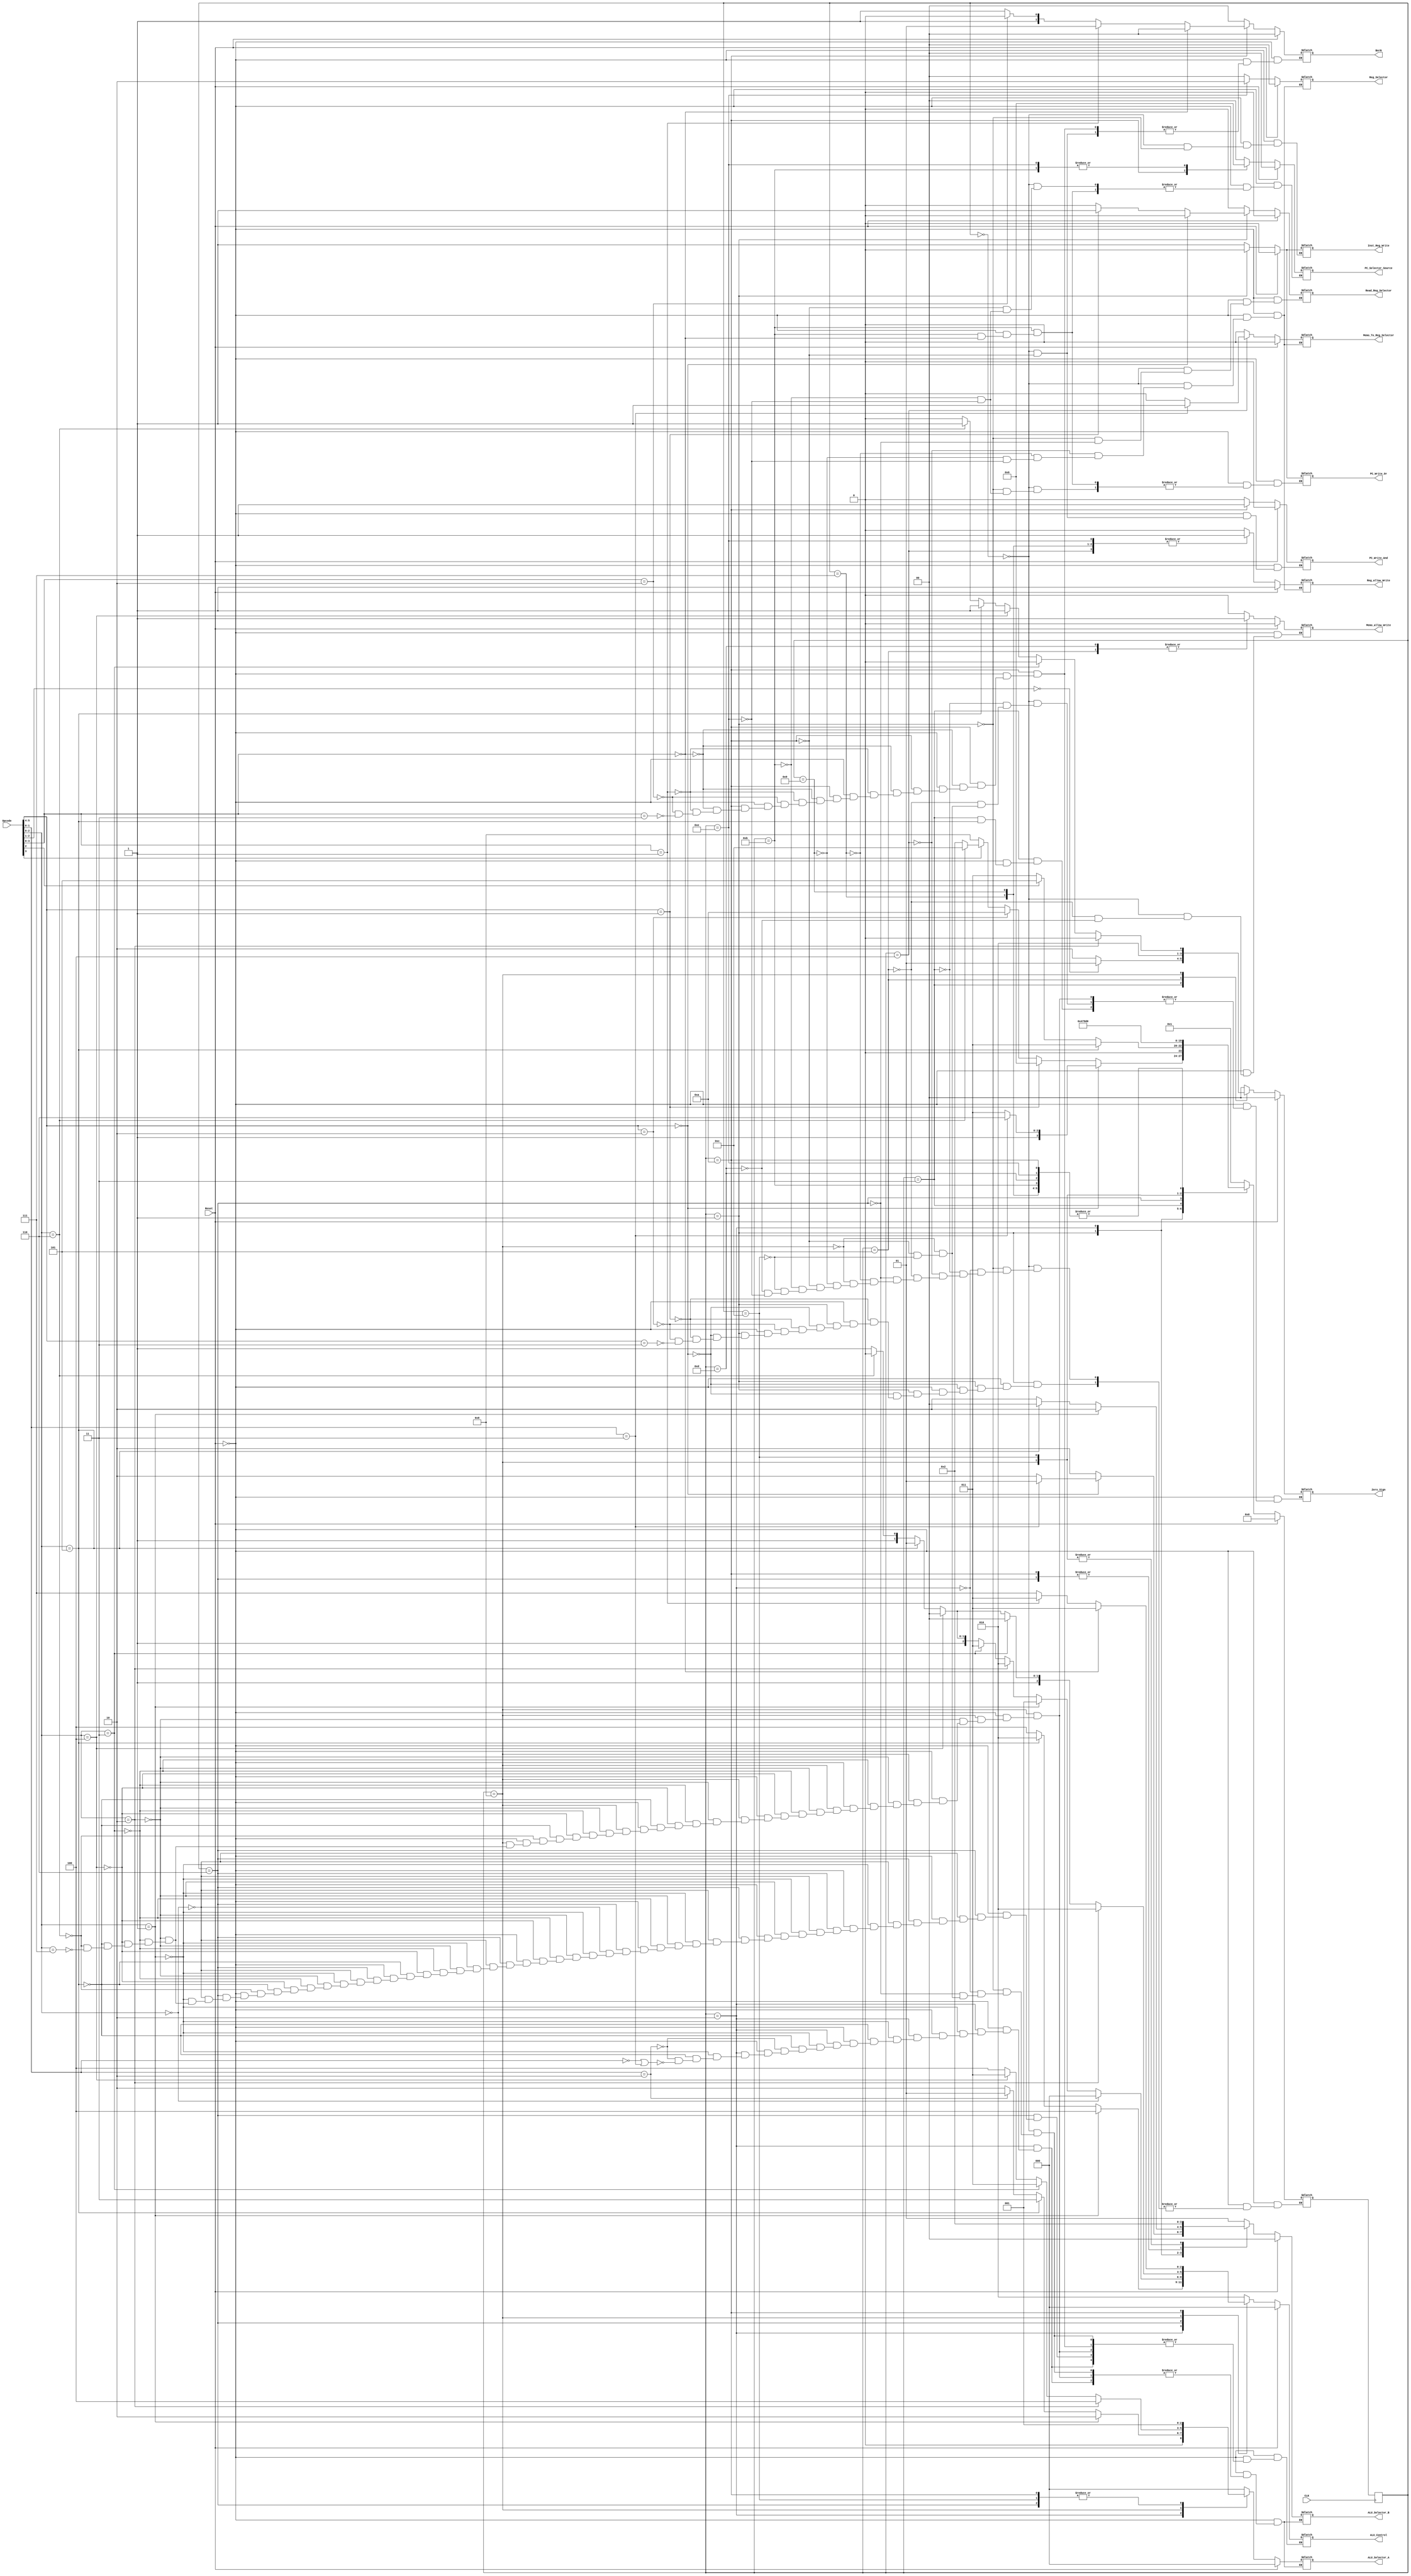
module Control_Unit(CLK,
Reset,
Opcode,
ALU_Control,
ALU_Selector_A,
ALU_Selector_B,
BorN,
PC_Selector_Source,
Zero_Sign,
Reg_Selector,
PC_Write_And,
PC_Write_Or,
Reg_allow_Write,
Inst_Reg_Write,
Memo_allow_Write,
Memo_To_Reg_Selector,
Read_Reg_Selector);

input [5:0]Opcode;
input CLK,Reset;

 output	reg	[2:0] ALU_Control, ALU_Selector_A;
 output	reg	[1:0] PC_Selector_Source,ALU_Selector_B,BorN,Zero_Sign,Reg_Selector;
 output	reg	PC_Write_And,PC_Write_Or,Reg_allow_Write,Inst_Reg_Write,Memo_allow_Write,Memo_To_Reg_Selector,Read_Reg_Selector;
 reg [3:0]state, next_state;

//ALUOp Values:
// 00 -> addition
// 01 -> subtraction
// 10 -> Function (R-Type)
// 11 -> Opcode	(I-Type)



//Defining The States
	parameter S0 = 4'b0000; 
	parameter S1 = 4'b0001; 
	parameter S2 = 4'b0010;
	parameter S3 = 4'b0011;
	parameter S4 = 4'b0100;
	parameter S5 = 4'b0101;
	parameter S6 = 4'b0110;
	parameter S7 = 4'b0111;
	parameter S8 = 4'b1000;
	parameter S9 = 4'b1001;  
	parameter S10 = 4'b1010; 
	parameter S11 = 4'b1011;
	parameter S12 = 4'b1100;
	parameter S13 = 4'b1101;
	parameter S14 = 4'b1110;



always @(posedge CLK)//Moving From state to the next
begin
	state <= next_state;
end


always @ (state or Reset)
begin

	if(Reset == 1'b1)//Reset back to Start
begin
	  next_state = S0;
	  PC_Selector_Source = 2'b00;
      ALU_Control = 3'b000;
      ALU_Selector_B = 2'b00;
      ALU_Selector_A = 3'b000;
      Reg_allow_Write = 1'b1;
      Reg_Selector = 1'b00;
      Inst_Reg_Write = 1'b0;
      Memo_To_Reg_Selector = 1'b0;
      Memo_allow_Write = 1'b0;
      PC_Write_Or = 1'b0;
      PC_Write_And = 1'b0;
	  BorN = 2'b00;
	  Read_Reg_Selector = 1'b0;
	  Zero_Sign = 2'b00;
end
	
else
 begin
		
	case(state)
	
		
		S0://First Step Fetching Instruction 
		begin 	
			ALU_Selector_A = 3'b000;
			Memo_allow_Write = 1'b0;
			Reg_allow_Write = 1'b0;
			PC_Write_Or = 1'b1;
			PC_Selector_Source = 2'b00;
			PC_Write_And = 1'b0;
			BorN = 2'b00;
			Inst_Reg_Write = 1'b1;
			ALU_Control = 3'b010;
			Memo_To_Reg_Selector = 1'b0;
			ALU_Selector_B = 2'b01;
			Reg_Selector = 1'b00;
			Read_Reg_Selector = 1'b0;
			Zero_Sign = 2'b00;
			next_state = S1;//Go To S1
		end
		
		
		S1://Instruction Decode: Defining Which State is next according to Its Type
		begin
			Inst_Reg_Write = 1'b0;
			PC_Write_Or = 1'b0;
			ALU_Selector_A = 3'b000;
			ALU_Selector_B = 2'b10;
			ALU_Control = 3'b010;
			Read_Reg_Selector = 1'b0;
			
			//J-Type: JUMP & JAL
			if(Opcode[5:4] == 2'b00)
				begin
					// jump-and-link instruction(JAL)
					if(Opcode [1:0] == 2'b11)
						begin
						ALU_Selector_B = 2'b01;
						next_state = S14;
						end
					//JUMP
					else
						next_state = S11;end
				
				
			//R-Type:MOV,NOT,ADD,SUB,OR,AND,XOR,SLT
			else if(Opcode[5:4] == 2'b01)
				begin
					Read_Reg_Selector = 1'b1;
					next_state = S6;
				end
			
			//Branch Type:BEQ,BNE,BLT,BLE
			else if(Opcode[5:4] == 2'b10)
				begin
					next_state = S10;
				end
			
			//I-Type:ADDI,SUBI,ORI,ANDI,XORI,SLTI,LI,LUI,LWI,SWI,LW,SW
			else if(Opcode[5:4] == 2'b11)
				begin
					//LWI,SWI,LI,LUI,SW,LW
					if(Opcode[3] == 1'b1)
					begin
						//SW
						if(Opcode [2:0] == 3'b110)
							next_state = S12;
						//LWI,SWI,LI,LUI,LW
						else
							next_state = S2;
					end
					
					//I-Type Logical or Arithmetic:ADDI,SUBI,ORI,ANDI,XORI,SLTI
					else
						next_state = S8;end
		end
		
///Now Begin Execution of States according to each Type
//I-type
		//Execution: LWI SWI LI LUI
		S2:
		begin
			//Load Immediate (LI)
			if(Opcode[2:0]	== 2'b001)
				begin
				ALU_Selector_A = 3'b010;
				ALU_Selector_B = 2'b10;
				ALU_Control = 3'b100;
				end
			//load word(LW)
			else if(Opcode[2:0] == 3'b101)
				begin
				ALU_Selector_A = 3'b011;
				ALU_Selector_B = 2'b00;
				ALU_Control = 3'b010;
				end
			//Load upper immediate(LUI)	
			else if(Opcode[1:0]	== 2'b10)
				begin
				ALU_Selector_A = 3'b001;
				ALU_Selector_B = 2'b10;
				ALU_Control = 3'b100;
				end
			//SWI & LWI
			else if(Opcode[1:0] == 2'b00 || Opcode[1:0] == 2'b11)
				begin
				ALU_Selector_A = 3'b010;
				ALU_Selector_B = 2'b10;
				ALU_Control = 3'b100;
				end
				
			if(Opcode[2:0]	== 3'b101)
				next_state = S3;
			
			//Next State for :LI,LUI,LWI,LW
			else if(Opcode[2] == 1'b0)
				next_state = S3;
				
			//Next State for: SWI
			else
				next_state = S5;
		end
		
//I-Type Continue 	
		//Execution: LWI/LI/LUI
		S3:
		begin
			if(Opcode [2:0]	== 3'b101)
				next_state = S4;
		
			//LI
			else if(Opcode[2:1] == 2'b00)
				begin
				Zero_Sign = 2'b01;
				next_state = S4;
				end
				
			//LWI/LUI	
			else
				begin
				Zero_Sign = 2'b10;
				next_state = S4;
				end
		end

//I-Type Continue 
		//LWI/LUI/LI 
		S4:
		begin
			if(Opcode [2:0] == 3'b101)
				begin
				Reg_Selector = 2'b00;
				Reg_allow_Write = 1'b1;
				Memo_To_Reg_Selector = 1'b1;
				next_state = S0;	
				end
		
			//LWI
			if(Opcode[1:0] == 2'b11)
				begin
				Reg_Selector = 2'b00;
				Reg_allow_Write = 1'b1;
				Memo_To_Reg_Selector = 1'b1;
				next_state = S0;
				end
			
			//LI/LUI
			else
				begin
				Reg_Selector = 2'b00;
				Reg_allow_Write = 1'b1;
				Memo_To_Reg_Selector = 1'b0;
				next_state = S0;
				end
		end
		
		//SWI
		S5:
		begin
			Memo_allow_Write = 1'b1;
			Zero_Sign = 2'b01;
			next_state = S0;
		end
			
			
//R-Type
		S6:
		begin    
			Read_Reg_Selector = 1'b0;
			ALU_Selector_A = 3'b001;
		    ALU_Selector_B = 2'b00;
		    next_state = S7;//R-Type Continue
			
			//MOV
			if(Opcode[2:0] == 3'b000)
				ALU_Control = 3'b000;
			
			//NOT
			else if(Opcode[2:0] == 3'b001)
				ALU_Control = 3'b001;
				
			//ADD	
			else if(Opcode[2:0] == 3'b010)
             ALU_Control = 3'b010;
			
			//SUB
			else if(Opcode[2:0] == 3'b011)
             ALU_Control = 3'b011;
			
			//OR
			else if(Opcode[2:0] == 3'b100)
             ALU_Control = 3'b100;
			
			//AND
			else if(Opcode[2:0] == 3'b101)
             ALU_Control = 3'b101;
			
			//XOR
			else if(Opcode[2:0] == 3'b110)
             ALU_Control = 3'b110;
			
			//SLT
			else if(Opcode[2:0] == 3'b111)
             ALU_Control = 3'b111;
		end
	

//R-Type Continue
		S7:
			begin
			Reg_Selector = 2'b00;
			Reg_allow_Write = 1'b1;
			Memo_To_Reg_Selector = 1'b0;
			next_state = S0;
			end
		
//I-Type Continue for Logical or Arithmetic
		S8:
		begin
			
			//ADDI
			if(Opcode[2:0] == 3'b010)
				begin
				ALU_Selector_A = 3'b100;
				ALU_Selector_B = 2'b10;
				ALU_Control = 3'b010;
				Zero_Sign = 2'b00;
				end
			
			//SUBI
			else if(Opcode[2:0] == 3'b011)
				begin
				ALU_Selector_A = 3'b011; //This Value is Wrong
				ALU_Selector_B = 2'b10;
				ALU_Control = 3'b100;
				Zero_Sign = 2'b00;
				end
			
			//ORI
			else if(Opcode[2:0] == 3'b100)
				begin
				ALU_Selector_A = 3'b011;
				ALU_Selector_B = 2'b10;
				ALU_Control = 3'b100;
				Zero_Sign = 2'b01;
				end
			
			//ANDI
			else if(Opcode[2:0] == 3'b101)
				begin
				ALU_Selector_A = 3'b100;
				ALU_Selector_B = 2'b10;
				ALU_Control = 3'b101;
				Zero_Sign = 2'b01;
				end
			
			//XORI
			else if(Opcode[2:0] == 3'b0110)
				begin
				ALU_Selector_A = 3'b100;
				ALU_Selector_B = 2'b10;
				ALU_Control = 3'b110;
				Zero_Sign = 2'b01;
				end
				
			//SLTI
			else if(Opcode[2:0] == 3'b111)
				begin
				ALU_Selector_A = 3'b100;
				ALU_Selector_B = 2'b10;
				ALU_Control = 3'b111;
				Zero_Sign = 2'b00;
				end
		next_state = S9;
		end

		//Finishing I-Type 
		S9:
		begin
			Reg_allow_Write = 1'b1;
			Reg_Selector = 2'b00;
			Memo_To_Reg_Selector = 1'b0;
			next_state = S0;
		end
	
		
		S10:
		begin
		//PC Write for I-Type
			PC_Selector_Source = 2'b01;
			PC_Write_And = 1'b1;
			ALU_Selector_A = 3'b001;
			ALU_Selector_B = 2'b00;
			Zero_Sign = 2'b00;
			next_state = S0;
			
			//BEQ
			if(Opcode[3:0] == 4'b0000)
				begin
				ALU_Control = 3'b011;
				BorN = 2'b00;
				end
				
			//BNE
			else if(Opcode[3:0] == 4'b0001)
				begin
				ALU_Control = 3'b011;
				BorN = 2'b01;
				end
			
			//branch if greater than(BLT)
			else if(Opcode[3:0] == 4'b0010)
				begin
				ALU_Control = 3'b111;
				BorN = 2'b10;
				end
			
			//Branch on Less than or Equal(BLE)
			else if(Opcode[3:0] == 4'b0011)
				begin
				ALU_Control = 3'b111;
				BorN = 2'b11;
				end
		end
			
			
		//JUMP & NOOP
		S11:
		begin
			
			//NOOP
			if(Opcode[3:0] == 0000)
				next_state = S0;
				
			//JUMP
			else
				begin
					PC_Selector_Source = 2'b10;
					PC_Write_Or = 1'b1;
					next_state = S0;
				end
		end
		
		
		S12://SW
		begin
			ALU_Selector_A = 3'b001;
			ALU_Selector_B = 2'b10;
			ALU_Control = 3'b010;
			Zero_Sign = 2'b00;
			next_state = S13;
		end
		
		S13://SW
		begin
			Memo_allow_Write = 1'b1;
			next_state = S0;
		end
		
		S14://JAL
		begin
			PC_Selector_Source = 2'b10;
			PC_Write_Or = 1'b1;
			Reg_Selector = 2'b10;
			Memo_To_Reg_Selector = 1'b0;
			Reg_allow_Write = 1'b1;
			next_state = S0;
		end
			
	endcase
	end
end


endmodule